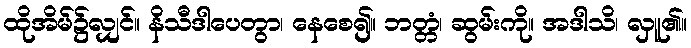
ထိုအိမ်၌လျှင်။ နိသီဒါပေတွာ၊ နေစေ၍။ ဘတ္တံ၊ ဆွမ်းကို။ အဒါသိ၊ လှူ၏။